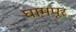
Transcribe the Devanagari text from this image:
घामपूर